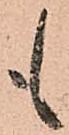
も